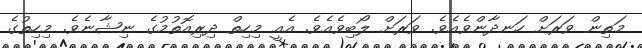
މަތިން ވަރަށް ހަނދާންވެއެވެ. ވަރަށް ލޯބިވެއެވެ. އެއީ މިހިތް ދިރިއޮތުމުގެ ނިޝާނެވެ. މިހިތުގެ